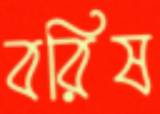
বরিষ